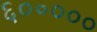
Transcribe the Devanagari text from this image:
६०॰०००